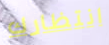
انتظارك